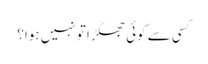
کسی سے کوئی جھگڑا تو نہیں ہوا؟